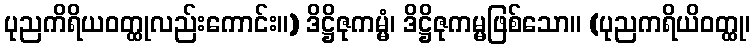
ပုညကိရိယဝတ္ထုလည်းကောင်း။) ဒိဋ္ဌိဇုကမ္မံ၊ ဒိဋ္ဌိဇုကမ္မဖြစ်သော။ (ပုညကရိယိဝတ္ထု၊